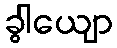
ခွါယျော